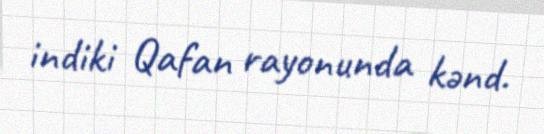
indiki Qafan rayonunda kənd.